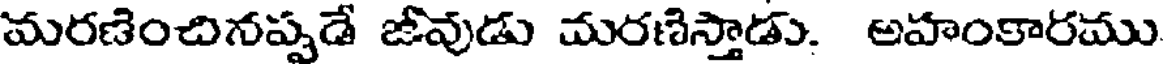
మరణించినప్పడే జీవుడు మరణిస్తాడు. అహంకారము